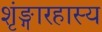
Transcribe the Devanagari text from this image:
शृंङ्गारहास्य